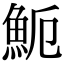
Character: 𩵡